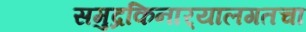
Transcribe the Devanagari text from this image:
समुद्रकिनार्‍यालगतचा